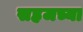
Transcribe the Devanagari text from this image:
सहजच्या